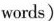
words)